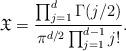
LaTeX: \begin{align*}\mathfrak{X} = \frac{\prod_{j=1}^d \Gamma(j/2)}{\pi^{d/2}\prod_{j=1}^{d-1} j! }. \end{align*}